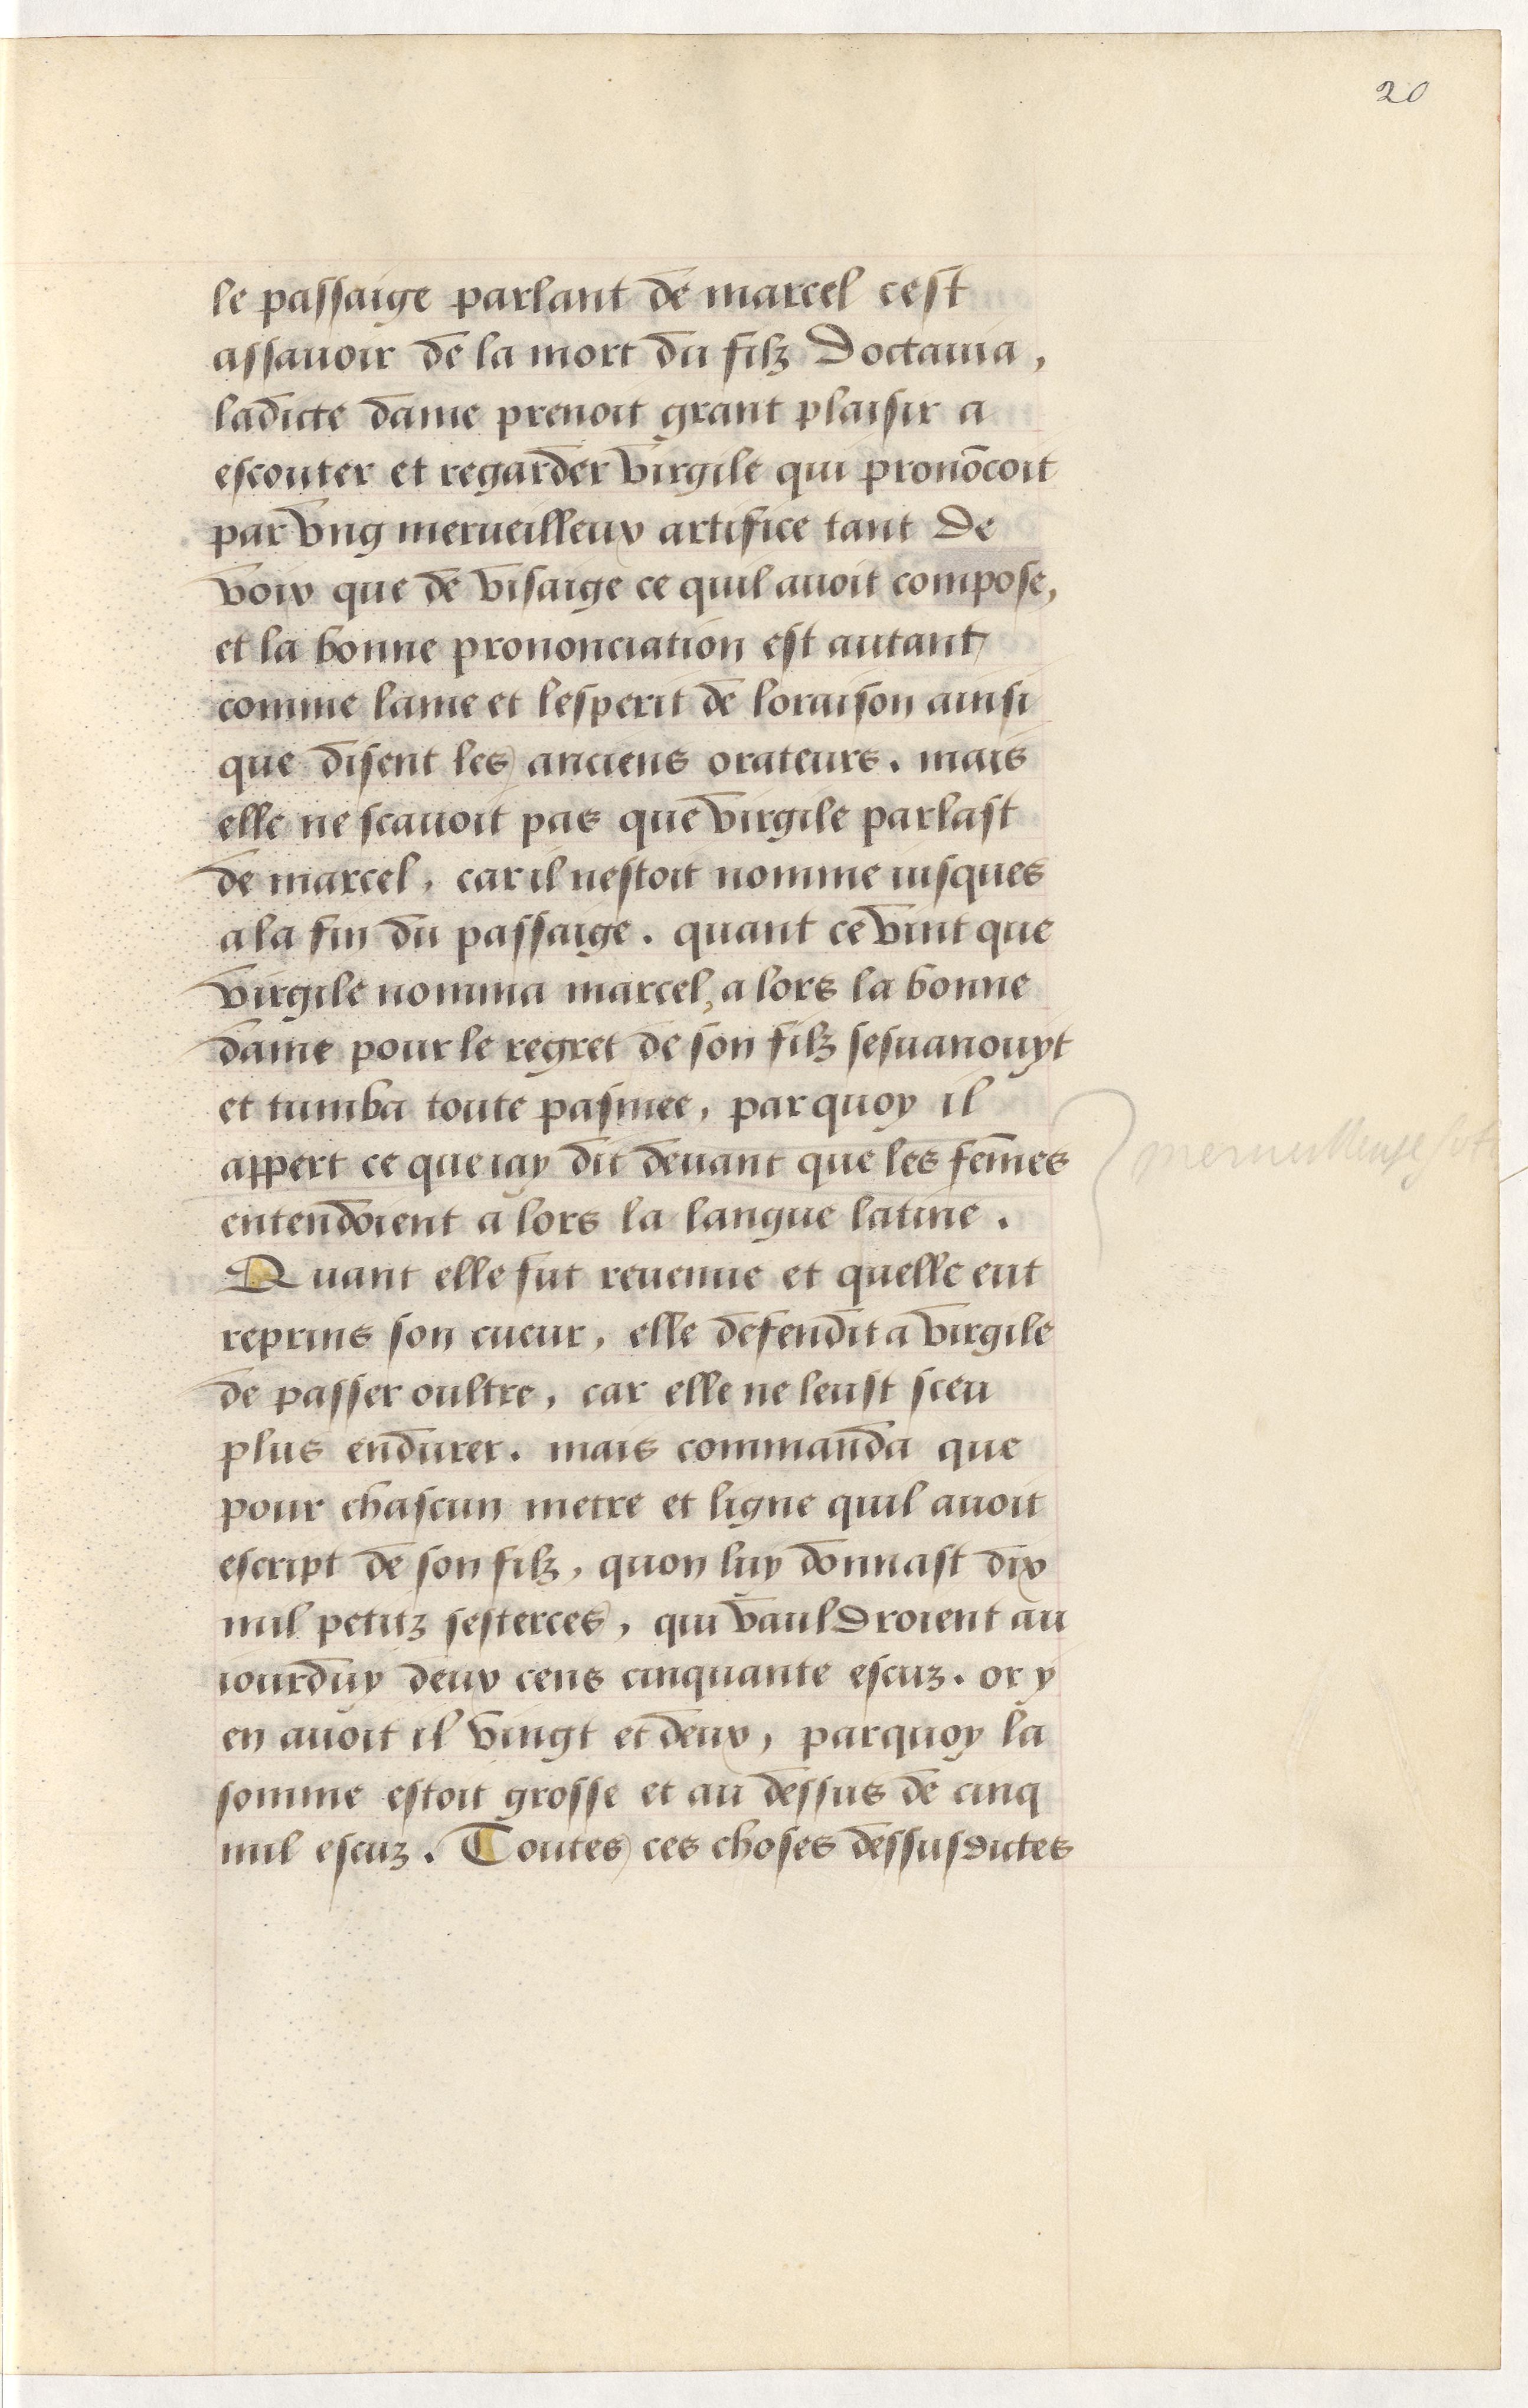
Shelfmark: Paris, BnF, Arsenal, 5103
Century: 15